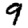
Digit: 9